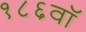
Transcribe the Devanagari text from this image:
१८६वॉ